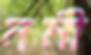
নমী